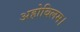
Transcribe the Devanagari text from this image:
अहोबिलम।